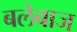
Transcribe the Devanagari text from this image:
बलेबाज